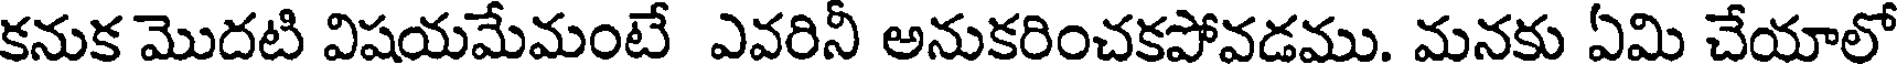
కనుక మొదటి విషయమేమంటే ఎవరినీ అనుకరించకపోవడము. మనకు ఏమి చేయాలో